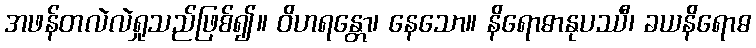
အဖန်တလဲလဲရှုသည်ဖြစ်၍။ ဝိဟရန္တော၊ နေသော။ နိရောဓာနုပဿီ၊ ခယနိရောဓ